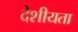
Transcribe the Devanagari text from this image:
देशीयता